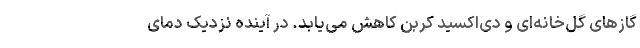
گازهای گل‌خانه‌ای و دی‌اکسید کربن کاهش می‌یابد. در آینده نزدیک دمای